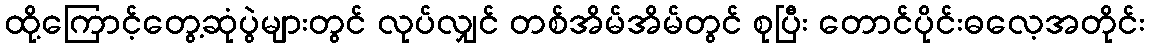
ထို့ကြောင့်တွေ့ဆုံပွဲများတွင် လုပ်လျှင် တစ်အိမ်အိမ်တွင် စုပြီး တောင်ပိုင်းဓလေ့အတိုင်း